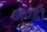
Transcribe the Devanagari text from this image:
अण्डी